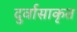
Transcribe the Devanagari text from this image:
दुर्वासाकृत